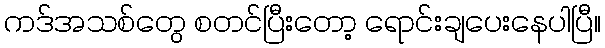
ကဒ်အသစ်တွေ စတင်ပြီးတော့ ရောင်းချပေးနေပါပြီ။